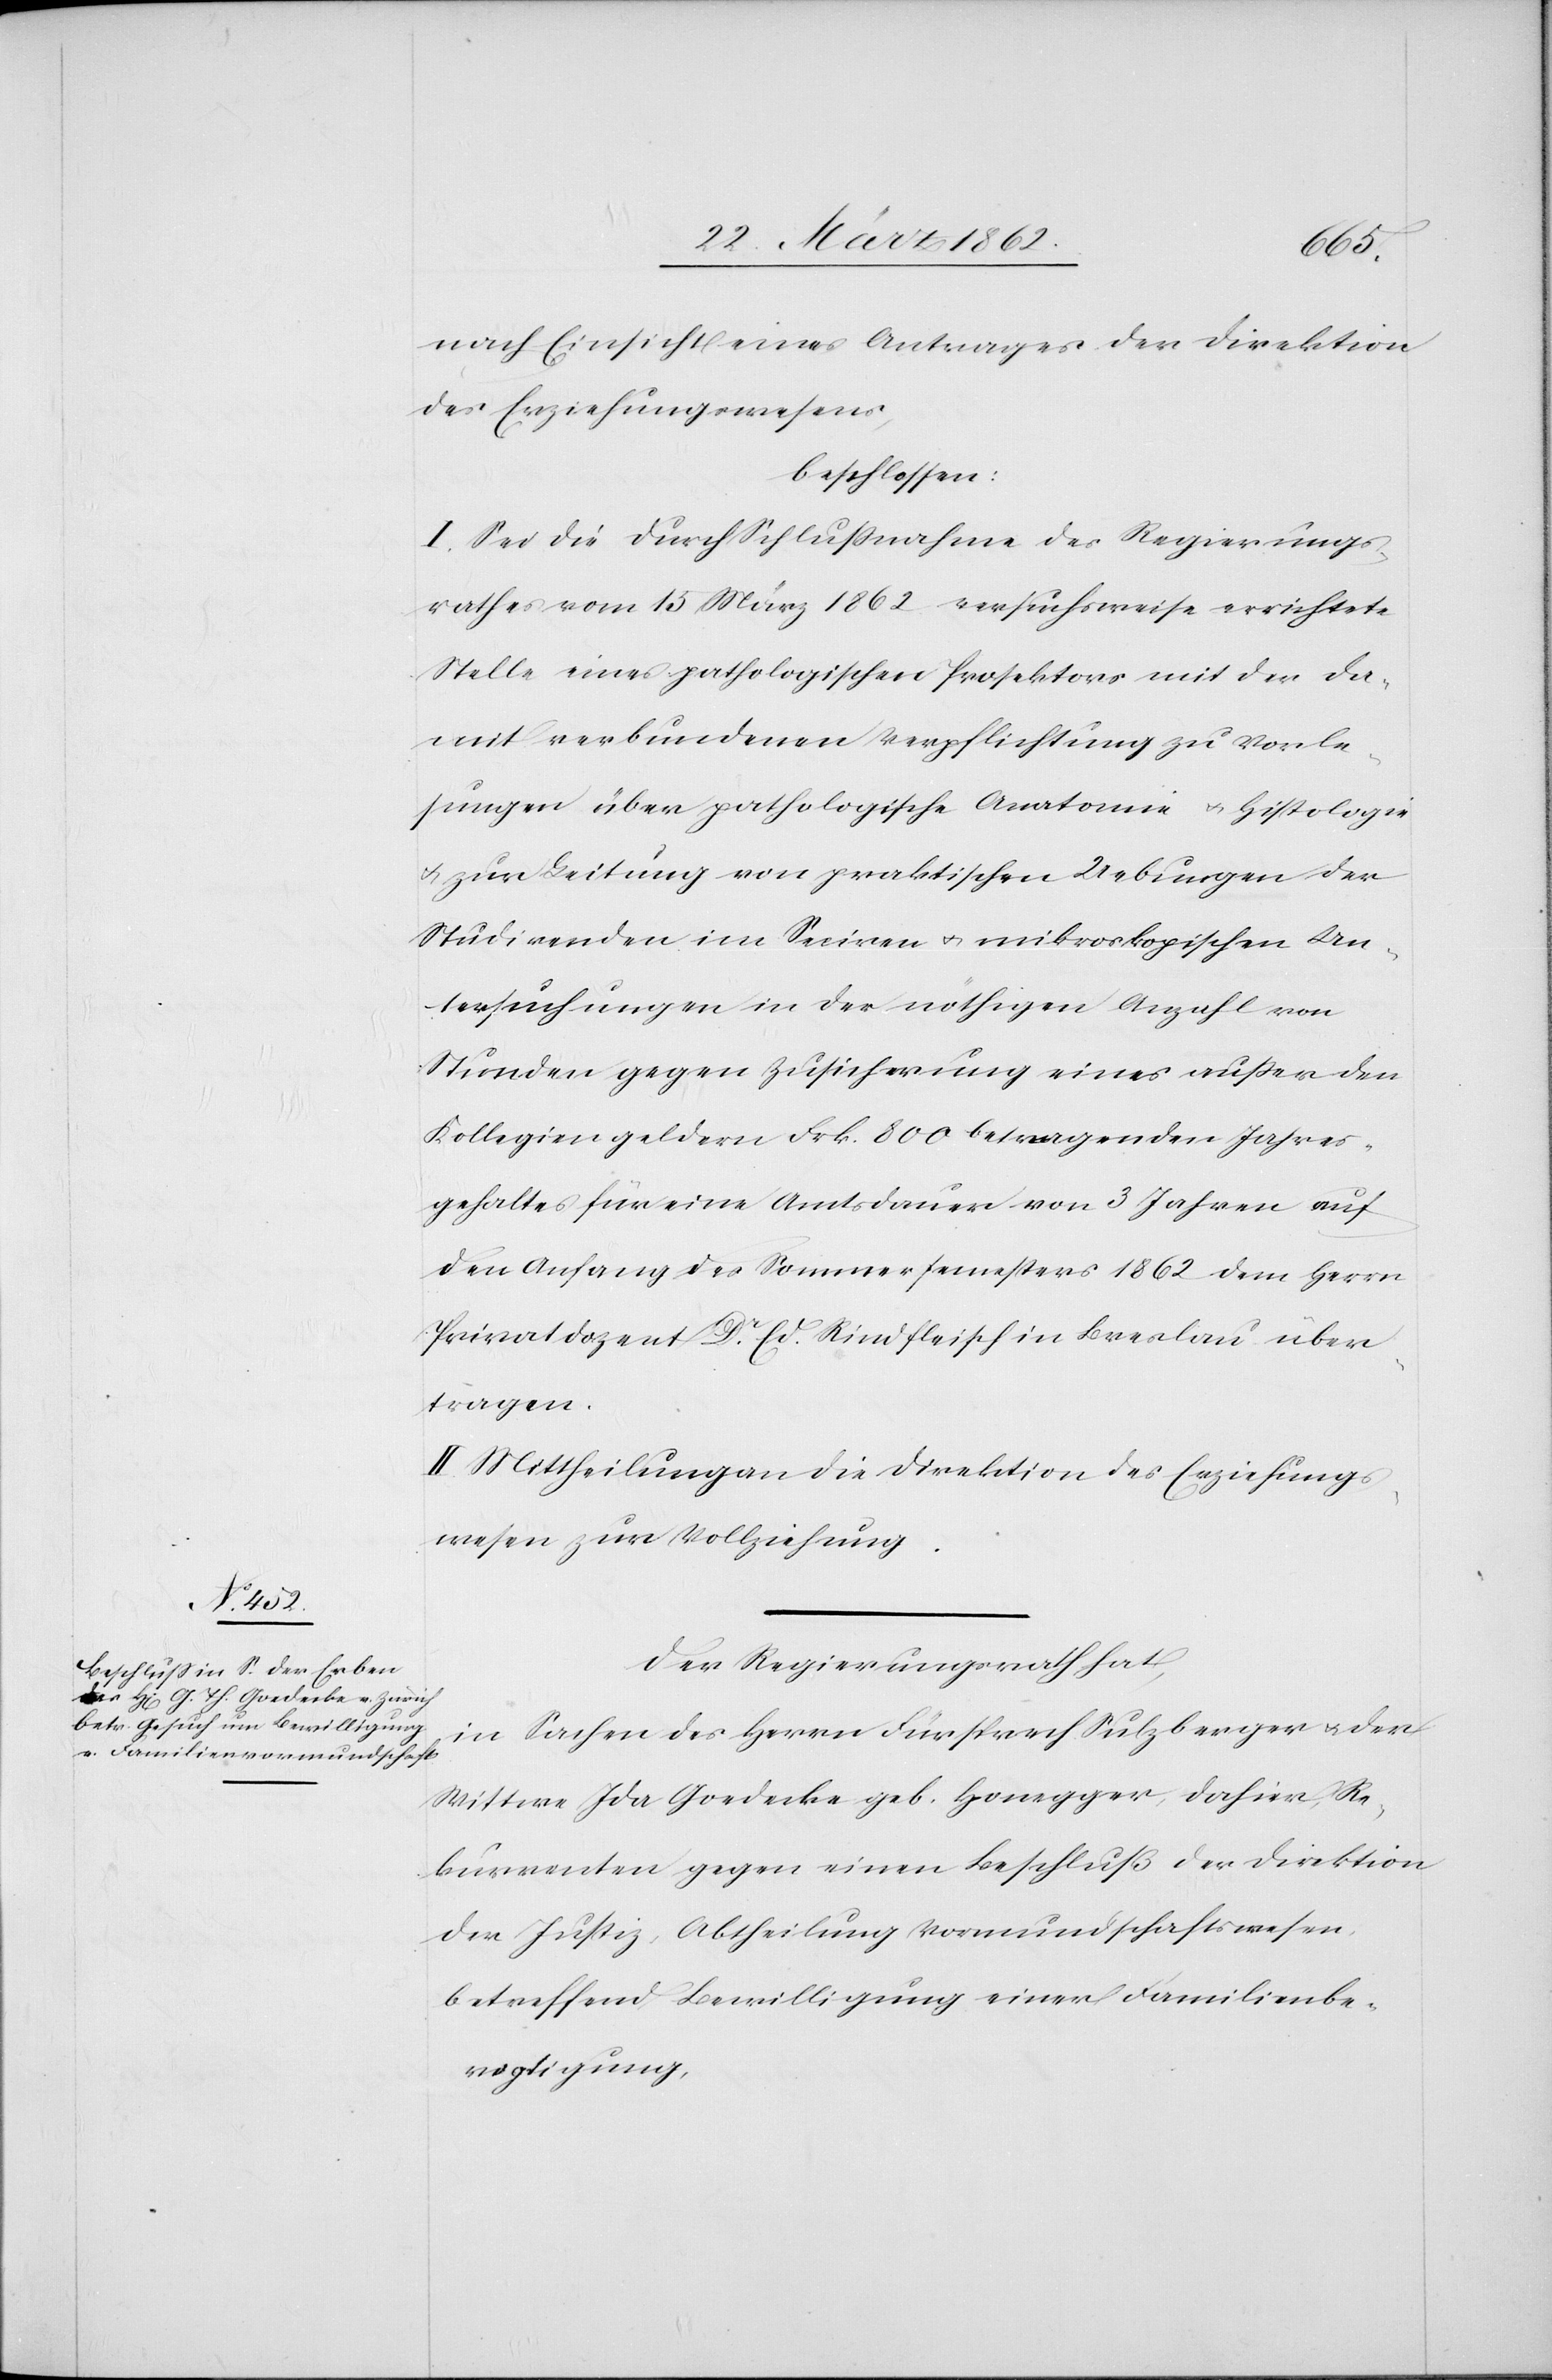
nach Einsicht eines Antrages der Direktion
des Erziehungswesens,
beschlossen:
I. Sei die durch Schlußnahme des Regierungs¬
rathes vom 15 März 1862 versuchsweise errichtete
Stelle eines pathologischen Prosektors mit der da¬
mit verbundenen Verpflichtung zu Vorle¬
sungen über pathologische Anatomie u. Histologie
u. zur Leitung von praktischen Uebungen der
Studirenden im Seciren u. mikroskopischen Un¬
tersuchungen in der nöthigen Anzahl von
Stunden gegen Zusicherung eines außer den
Kollegiengeldern Frk. 800 betragenden Jahres¬
gehaltes für eine Amtsdauer von 3 Jahren auf
den Anfang des Sommersemesters 1862 dem Herrn
Privatdozent Dr. Ed. Rindfleisch in Breslau über¬
tragen.
II. Mittheilung an die Direktion des Erziehungs¬
wesen zur Vollziehung.
Der Regierungsrath hat,
in Sachen des Herrn Fürsprech Sulzberger u. der
Wittwe Ida Goedecke geb. Honegger, dahier, Re¬
kurrenten gegen einen Beschluß der Direktion
der Justiz, Abtheilung Vormundschaftswesen,
betreffend Bewilligung einer Familienbe¬
vogtigung,